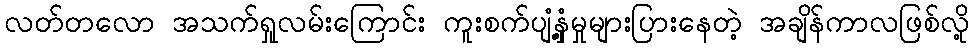
လတ်တလော အသက်ရှုလမ်းကြောင်း ကူးစက်ပျံ့နှံ့မှုများပြားနေတဲ့ အချိန်ကာလဖြစ်လို့